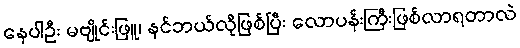
နေပါဦး မဗျိုင်းဖြူ၊ နင်ဘယ်လိုဖြစ်ပြီး လောပန်းကြီးဖြစ်လာရတာလဲ